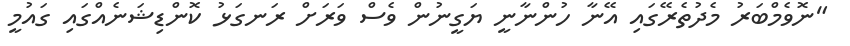
"ނޮވެމްބަރު މެދުތެރޭގައި އޭނާ ހުންނާނީ ޔަގީނުން ވެސް ވަރަށް ރަނގަޅު ކޮންޑިޝަނެއްގައި ގައުމީ